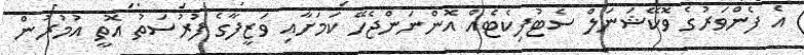
އެ ފެންވަރުގެ ވޮކޭޝަނަލް ސެޓުފިކެޓެއް އޮންނަންޖެހޭ ކަމަށާއި ވަޒީފާގެ ފުރުސަތު އޮތީ އުމުރުން